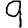
Digit: 9